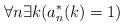
LaTeX: \begin{align*}\forall n\exists k(a^*_n(k)=1)\end{align*}